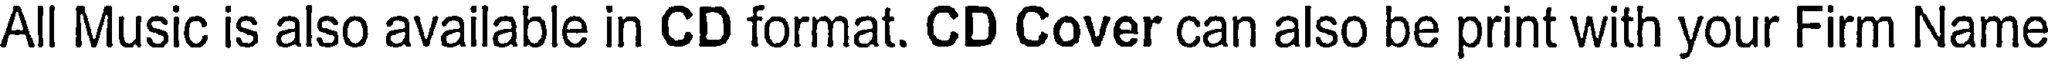
All Music is also available in CD format. CD Cover can also be print with your Firm Name